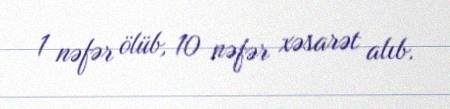
1 nəfər ölüb, 10 nəfər xəsarət alıb.